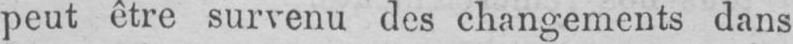
peut être survenu des changements dans